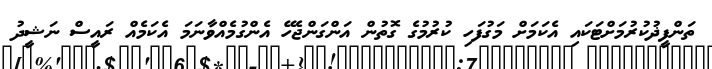
ތަންފީޛުކުރުމަށްޓަކައި އެކަމަށް މަގުފަހި ކުރުމުގެ ގޮތުން އަންގަންޖެހޭ އެންގުމެއްވާނަމަ އެކަމެއް ރައީސް ނަޝީދު